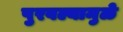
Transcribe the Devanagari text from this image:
पुरवल्यामुळे